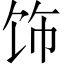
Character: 饰